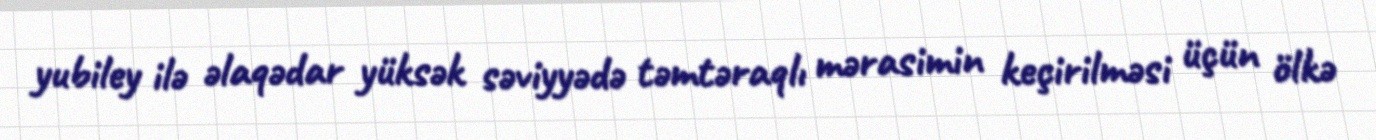
yubiley ilə əlaqədar yüksək səviyyədə təmtəraqlı mərasimin keçirilməsi üçün ölkə